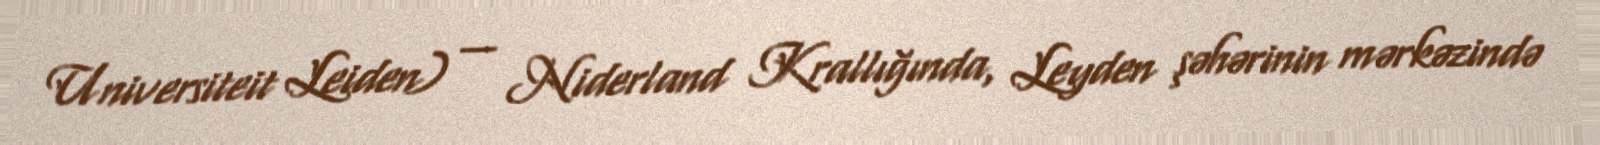
Universiteit Leiden) — Niderland Krallığında, Leyden şəhərinin mərkəzində